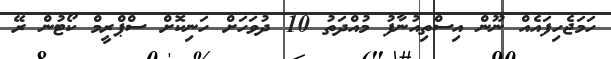
ހަމަޖެހިފައެއް ނޫން އިސްތިއުނާފު މުއްދަތު 10 ދުވަހަށް ހަނިކޮށް ސްޕްރީމް ކޯޓުން ރޭ